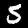
Digit: 5